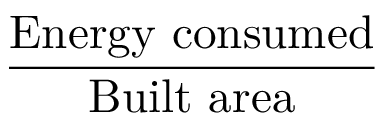
\frac { \mathrm { E n e r g y ~ c o n s u m e d } } { \mathrm { B u i l t ~ a r e a } }